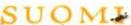
SUOMI